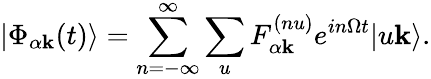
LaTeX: |\Phi_{\alpha\mathbf{k}}(t)\rangle=\sum_{n=-\infty}^{\infty}\sum_{u}F_{\alpha\mathbf{k}}^{(nu)}e^{in\Omega t}|u\mathbf{k}\rangle.